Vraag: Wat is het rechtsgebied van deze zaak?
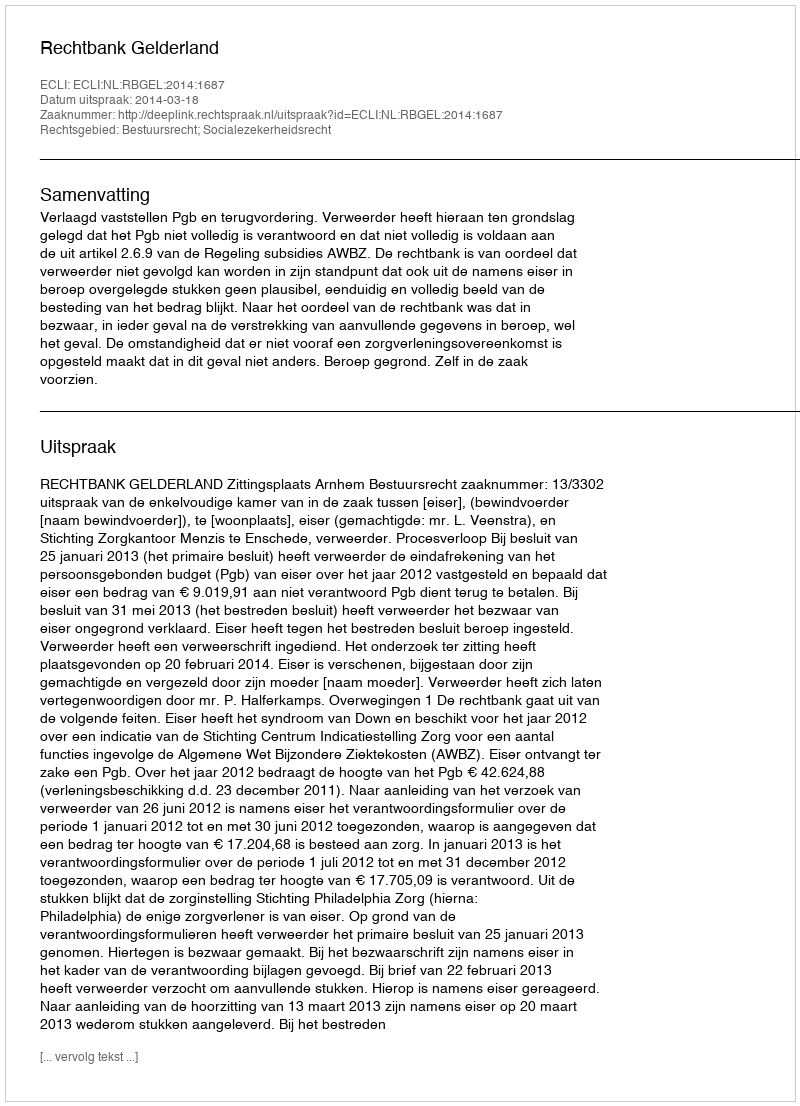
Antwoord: Bestuursrecht; Socialezekerheidsrecht